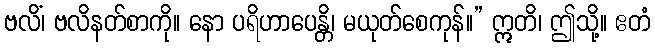
ဗလိံ၊ ဗလိနတ်စာကို။ နော ပရိဟာပေန္တိ၊ မယုတ်စေကုန်။” ဣတိ၊ ဤသို့။ ဧတံ